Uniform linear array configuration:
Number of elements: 24
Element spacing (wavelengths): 0.5
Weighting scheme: hamming
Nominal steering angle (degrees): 45
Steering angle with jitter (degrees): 44.375
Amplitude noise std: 0.05
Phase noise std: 0.05

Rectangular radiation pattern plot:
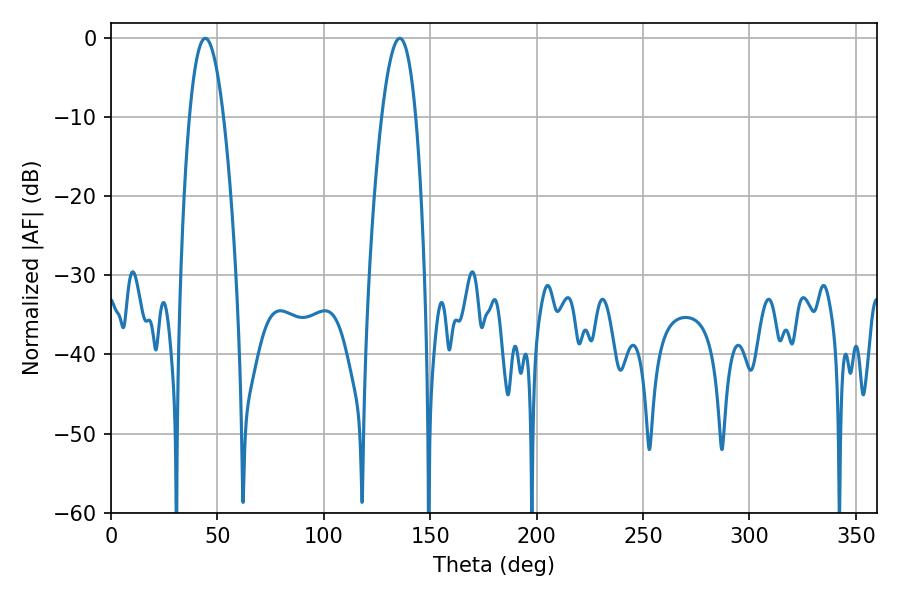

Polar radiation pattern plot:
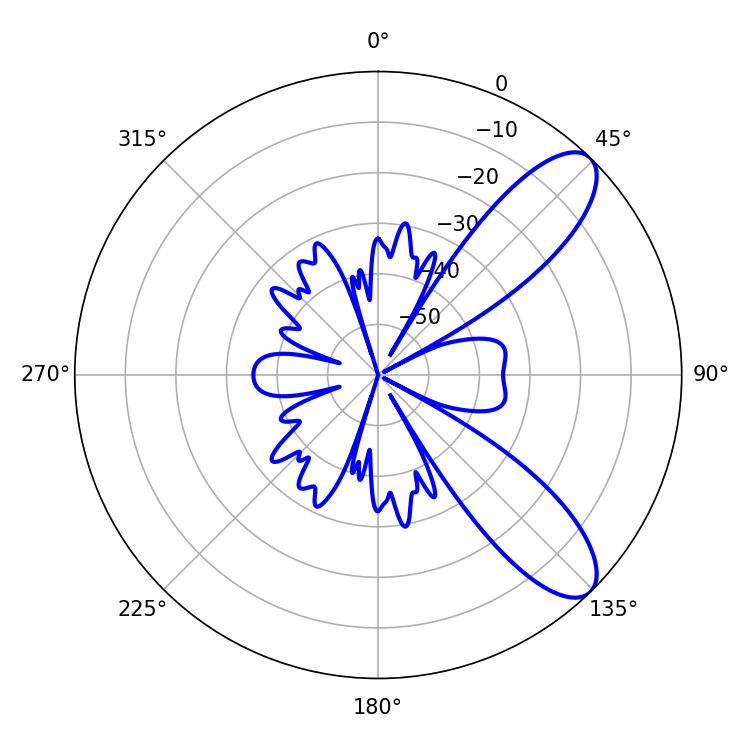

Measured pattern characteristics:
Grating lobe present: FALSE
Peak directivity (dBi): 9.363
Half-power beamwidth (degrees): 8.82
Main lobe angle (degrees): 44.28